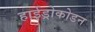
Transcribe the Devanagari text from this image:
हाईड्रोकोडन